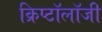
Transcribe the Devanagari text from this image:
क्रिप्टॉलॉजी